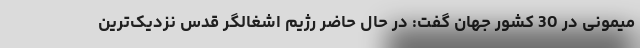
میمونی در 30 کشور جهان گفت: در حال حاضر رژیم اشغالگر قدس نزدیک‌ترین